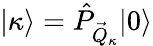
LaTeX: |\kappa\rangle=\hat{P}_{\vec{Q}_{\kappa}}|0\rangle